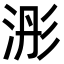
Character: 浵